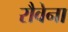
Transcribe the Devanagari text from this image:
रौवेना